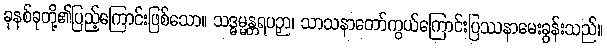
ခုနစ်ခုတို့၏ပြည့်ကြောင်းဖြစ်သော။ သဒ္ဓမ္မန္တရပဉှာ၊ သာသနာတော်ကွယ်ကြောင်းပြဿနာမေးခွန်းသည်။